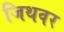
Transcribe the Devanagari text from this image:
जिथवर